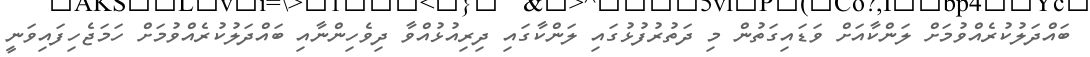
ބައްދަލުކުރެއްވުމަށް ލަންކާއަށް ވަޑައިގަތުން މި ދަތުރުފުޅުގައި ލަންކާގައި ދިރިއުޅުއްވާ ދިވެހިންނާއި ބައްދަލުކުރެއްވުމަށް ހަމަޖެހިފައިވަނީ